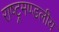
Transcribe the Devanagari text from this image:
राष्‍ट्रमण्‍डलीय